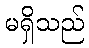
မရှိသည်